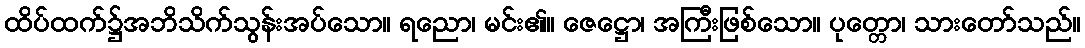
ထိပ်ထက်၌အဘိသိက်သွန်းအပ်သော။ ရညော၊ မင်း၏။ ဇေဋ္ဌော၊ အကြီးဖြစ်သော။ ပုတ္တော၊ သားတော်သည်။